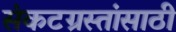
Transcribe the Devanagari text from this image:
संकटग्रस्तांसाठी